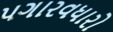
પગારવધારો